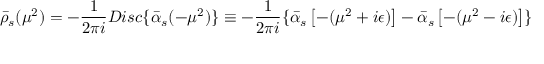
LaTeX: \bar { \rho } _ { s } ( \mu ^ { 2 } ) = - \frac { 1 } { 2 \pi i } D i s c \{ \bar { \alpha } _ { s } ( - \mu ^ { 2 } ) \} \equiv - \frac { 1 } { 2 \pi i } \{ \bar { \alpha } _ { s } \left[ - ( \mu ^ { 2 } + i \epsilon ) \right] - \bar { \alpha } _ { s } \left[ - ( \mu ^ { 2 } - i \epsilon ) \right] \}